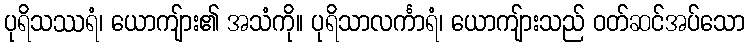
ပုရိသဿရံ၊ ယောကျ်ား၏ အသံကို။ ပုရိသာလင်္ကာရံ၊ ယောကျ်ားသည် ဝတ်ဆင်အပ်သော